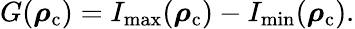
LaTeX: \begin{array}{r}{G(\boldsymbol{\mathbf{\rho}}_{\mathrm{c}})=I_{\mathrm{max}}(\boldsymbol{\mathbf{\rho}}_{\mathrm{c}})-I_{\mathrm{min}}(\boldsymbol{\mathbf{\rho}}_{\mathrm{c}}).}\end{array}